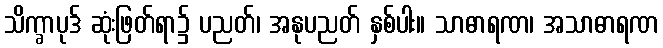
သိက္ခာပုဒ် ဆုံးဖြတ်ရာ၌ ပညတ်၊ အနုပညတ် နှစ်ပါး။ သာဓာရဏ၊ အသာဓာရဏ